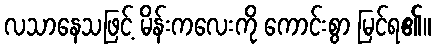
လသာနေသဖြင့် မိန်းကလေးကို ကောင်းစွာ မြင်ရ၏။